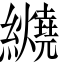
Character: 𬘏